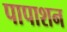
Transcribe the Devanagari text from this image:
पापाशन